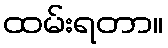
ထမ်းရတာ။